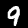
Label: 9